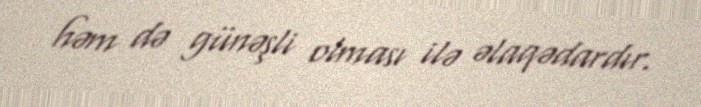
həm də günəşli olması ilə əlaqədardır.